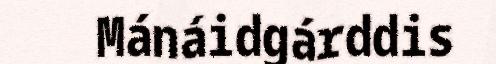
Mánáidgárddis